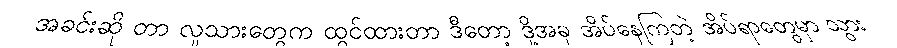
အခင်းဆို တာ လူသားတွေက ထွင်ထားတာ ဒီတော့ ဒို့အခု အိပ်နေကြတဲ့ အိပ်ရာတွေမှာ သွား